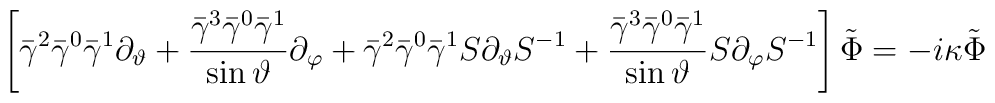
\left[ \bar \gamma ^2\bar \gamma ^0\bar \gamma ^1\partial_\vartheta +\frac{\bar \gamma ^3\bar \gamma ^0\bar \gamma ^1}{\sin \vartheta}\partial _\varphi +\bar \gamma ^2\bar \gamma ^0\bar \gamma ^1S\partial_\vartheta S^{-1}+\frac{\bar \gamma ^3\bar \gamma ^0\bar \gamma ^1}{\sin\vartheta }S\partial _\varphi S^{-1}\right] \tilde \Phi =-i\kappa \tilde\Phi